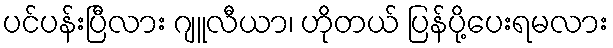
ပင်ပန်းပြီလား ဂျူလီယာ၊ ဟိုတယ် ပြန်ပို့ပေးရမလား